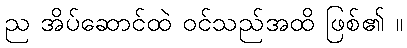
ည အိပ်ဆောင်ထဲ ဝင်သည်အထိ ဖြစ်၏ ။